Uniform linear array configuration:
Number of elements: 48
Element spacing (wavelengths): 1
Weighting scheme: hamming
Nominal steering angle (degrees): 60
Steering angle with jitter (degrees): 61.014
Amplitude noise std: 0.05
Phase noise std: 0.05

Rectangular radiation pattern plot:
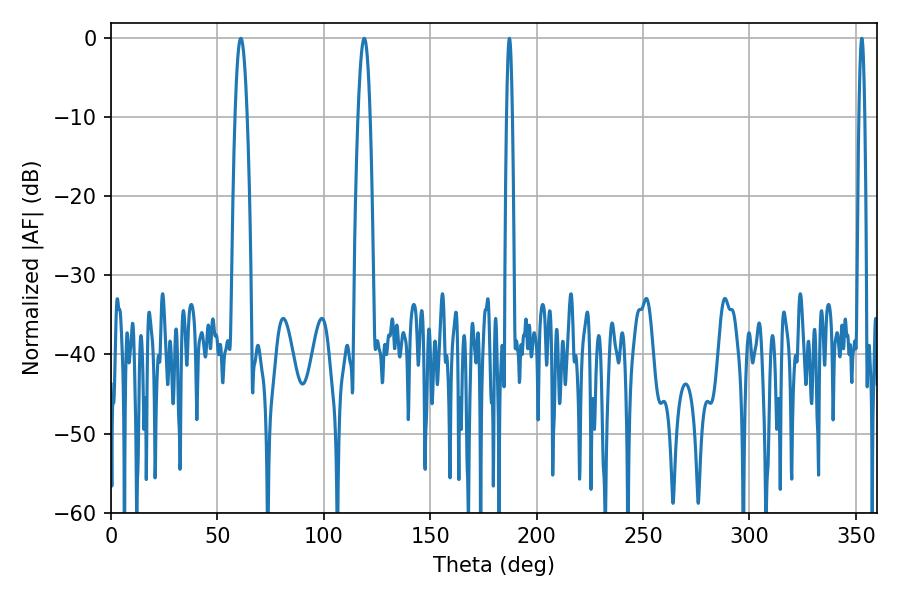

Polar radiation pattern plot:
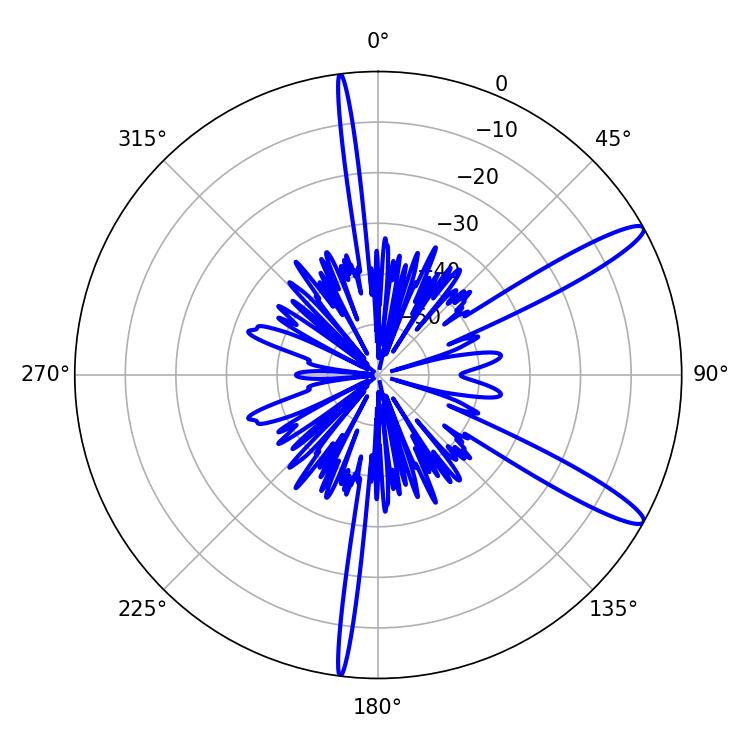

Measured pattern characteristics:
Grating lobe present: TRUE
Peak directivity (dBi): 13.138
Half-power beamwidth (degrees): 1.44
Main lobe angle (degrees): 187.2